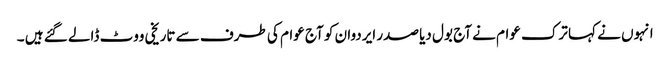
انہوں نے کہا ترک عوام نے آج بول دیا صدر ایردوان کو آج عوام کی طرف سے تاریخی ووٹ ڈالے گئے ہیں ۔